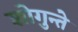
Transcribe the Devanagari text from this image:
शोगुन्ते